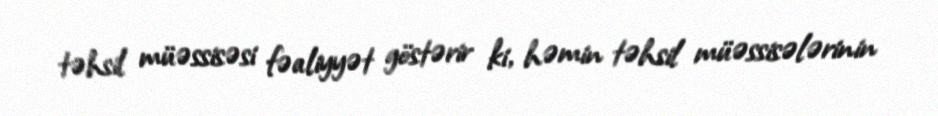
təhsil müəssisəsi fəaliyyət göstərir ki, həmin təhsil müəssisələrinin